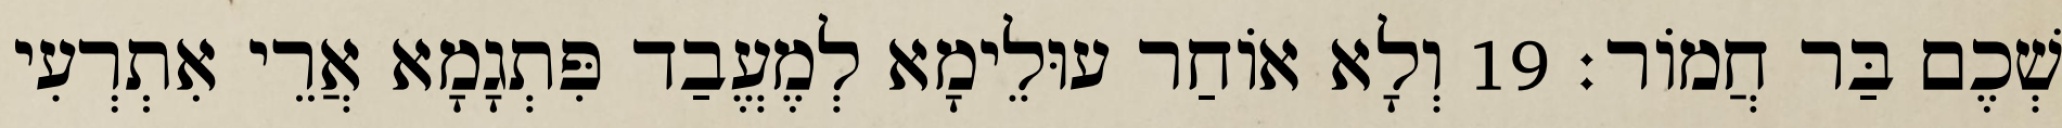
שְׁכֶם בַּר חֲמוֹר׃ 19 וְלָא אוֹחַר עוּלֵימָא לְמֶעֱבַד פִּתְגָמָא אֲרֵי אִתְרְעִי